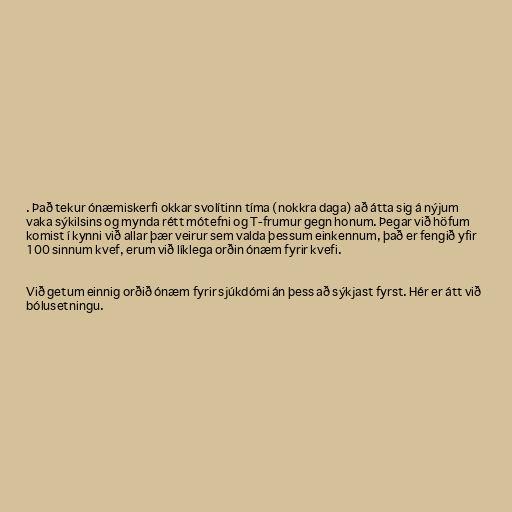
. Það tekur ónæmiskerfi okkar svolítinn tíma (nokkra daga) að átta sig á nýjum
vaka sýkilsins og mynda rétt mótefni og T-frumur gegn honum. Þegar við höfum
komist í kynni við allar þær veirur sem valda þessum einkennum, það er fengið yfir
100 sinnum kvef, erum við líklega orðin ónæm fyrir kvefi.

Við getum einnig orðið ónæm fyrir sjúkdómi án þess að sýkjast fyrst. Hér er átt við
bólusetningu.